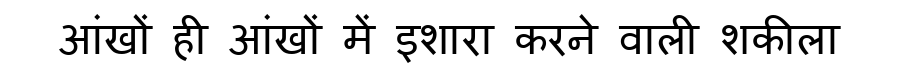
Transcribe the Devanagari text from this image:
आंखों ही आंखों में इशारा करने वाली शकीला